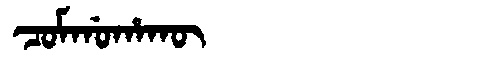
Manchu: ᠴᠣᠮᡤᠣᡥᠠᡴᡡ
Romanization: COMGOHAKŪ